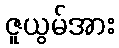
ဇူယွမ်အား